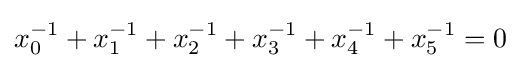
\displaystyle x_{0}^{-1}+x_{1}^{-1}+x_{2}^{-1}+x_{3}^{-1}+x_{4}^{-1}+x_{5}^{-1}=0